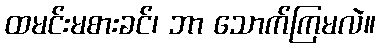
ထမင်းမစားခင်၊ ဘာ သောက်ကြမလဲ။